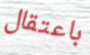
باعتقال